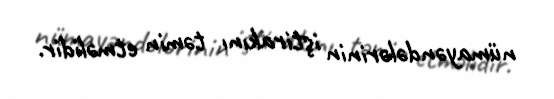
nümayəndələrinin iştirakını təmin etməlidir.